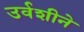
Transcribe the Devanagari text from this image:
उर्वशीने